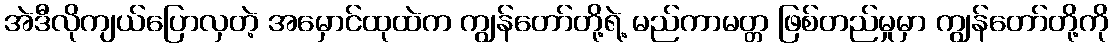
အဲဒီလိုကျယ်ပြောလှတဲ့ အမှောင်ထုထဲက ကျွန်တော်တို့ရဲ့ မည်ကာမတ္တ ဖြစ်တည်မှုမှာ ကျွန်တော်တို့ကို